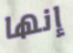
إنها